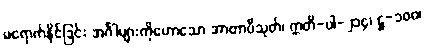
မရောက်နိုင်ခြင်း အင်္ဂါများကိုဟောသော အာတာပီသုတ်၊ ဣတိ-ပါ-၂၁၄၊ ဋ္ဌ-၁၀၀၊